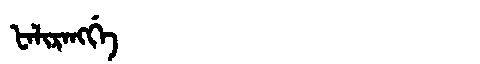
Manchu: ᡶᠠᠯᡳᡵᠠᠩᡤᡝ
Romanization: FALIRANGGE